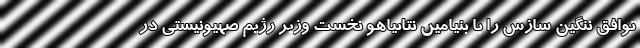
توافق ننگین سازش را با بنیامین نتانیاهو نخست وزیر رژیم صهیونیستی در